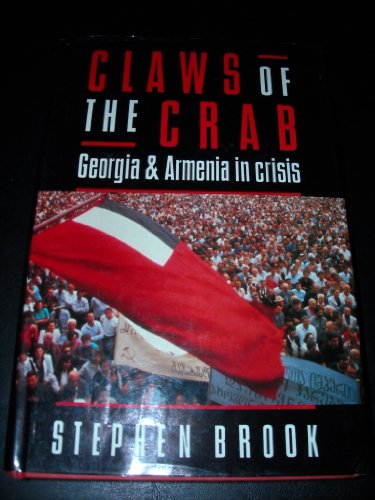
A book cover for Claws of the Crab: Georgia and Armenia in Crisis; Stephen Brook; Travel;